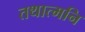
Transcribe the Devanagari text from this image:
तथात्मनि